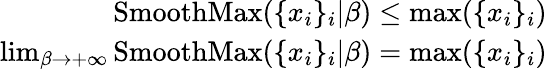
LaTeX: \begin{array}{r}{\operatorname{SmoothMax}(\{ x_{i}\} _{i}|\beta)\leq\operatorname*{max}(\{ x_{i}\} _{i})}\\ {\operatorname*{lim}_{\beta\to+\infty}\operatorname{SmoothMax}(\{ x_{i}\} _{i}|\beta)=\operatorname*{max}(\{ x_{i}\} _{i})}\end{array}